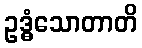
ဥဒ္ဓံသောတာတိ